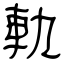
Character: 軌